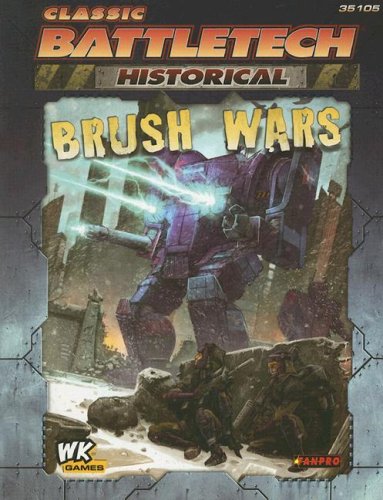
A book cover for Classic Battletech: Historical Brush Wars (FPR35105); Ben Rome; Science Fiction & Fantasy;